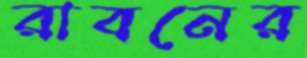
রাবনের